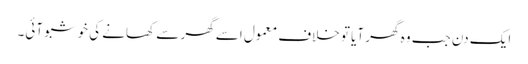
ایک دن جب وہ گھر آیا تو خلاف معمول اسے گھر سے کھانے کی خوشبو آئی۔